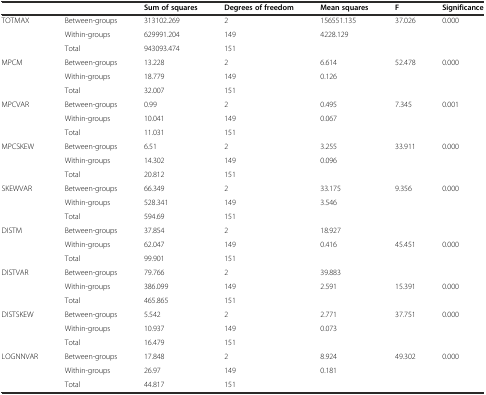
<table><thead><tr><td></td><td></td><td><b>Sum of squares</b></td><td><b>Degrees of freedom</b></td><td><b>Mean squares</b></td><td><b>F</b></td><td><b>Significance</b></td></tr></thead><tbody><tr><td rowspan="3">TOTMAX</td><td>Between-groups</td><td>313102.269</td><td>2</td><td>156551.135</td><td>37.026</td><td>0.000</td></tr><tr><td>Within-groups</td><td>629991.204</td><td>149</td><td>4228.129</td><td></td><td></td></tr><tr><td>Total</td><td>943093.474</td><td>151</td><td></td><td></td><td></td></tr><tr><td rowspan="3">MPCM</td><td>Between-groups</td><td>13.228</td><td>2</td><td>6.614</td><td>52.478</td><td>0.000</td></tr><tr><td>Within-groups</td><td>18.779</td><td>149</td><td>0.126</td><td></td><td></td></tr><tr><td>Total</td><td>32.007</td><td>151</td><td></td><td></td><td></td></tr><tr><td rowspan="3">MPCVAR</td><td>Between-groups</td><td>0.99</td><td>2</td><td>0.495</td><td>7.345</td><td>0.001</td></tr><tr><td>Within-groups</td><td>10.041</td><td>149</td><td>0.067</td><td></td><td></td></tr><tr><td>Total</td><td>11.031</td><td>151</td><td></td><td></td><td></td></tr><tr><td rowspan="3">MPCSKEW</td><td>Between-groups</td><td>6.51</td><td>2</td><td>3.255</td><td>33.911</td><td>0.000</td></tr><tr><td>Within-groups</td><td>14.302</td><td>149</td><td>0.096</td><td></td><td></td></tr><tr><td>Total</td><td>20.812</td><td>151</td><td></td><td></td><td></td></tr><tr><td rowspan="3">SKEWVAR</td><td>Between-groups</td><td>66.349</td><td>2</td><td>33.175</td><td>9.356</td><td>0.000</td></tr><tr><td>Within-groups</td><td>528.341</td><td>149</td><td>3.546</td><td></td><td></td></tr><tr><td>Total</td><td>594.69</td><td>151</td><td></td><td></td><td></td></tr><tr><td rowspan="3">DISTM</td><td>Between-groups</td><td>37.854</td><td>2</td><td>18.927</td><td></td><td></td></tr><tr><td>Within-groups</td><td>62.047</td><td>149</td><td>0.416</td><td>45.451</td><td>0.000</td></tr><tr><td>Total</td><td>99.901</td><td>151</td><td></td><td></td><td></td></tr><tr><td rowspan="3">DISTVAR</td><td>Between-groups</td><td>79.766</td><td>2</td><td>39.883</td><td></td><td></td></tr><tr><td>Within-groups</td><td>386.099</td><td>149</td><td>2.591</td><td>15.391</td><td>0.000</td></tr><tr><td>Total</td><td>465.865</td><td>151</td><td></td><td></td><td></td></tr><tr><td rowspan="3">DISTSKEW</td><td>Between-groups</td><td>5.542</td><td>2</td><td>2.771</td><td>37.751</td><td>0.000</td></tr><tr><td>Within-groups</td><td>10.937</td><td>149</td><td>0.073</td><td></td><td></td></tr><tr><td>Total</td><td>16.479</td><td>151</td><td></td><td></td><td></td></tr><tr><td rowspan="3">LOGNNVAR</td><td>Between-groups</td><td>17.848</td><td>2</td><td>8.924</td><td>49.302</td><td>0.000</td></tr><tr><td>Within-groups</td><td>26.97</td><td>149</td><td>0.181</td><td></td><td></td></tr><tr><td>Total</td><td>44.817</td><td>151</td><td></td><td></td><td></td></tr></tbody></table>